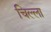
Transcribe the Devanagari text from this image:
चिल्‍ला